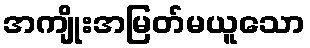
အကျိုးအမြတ်မယူသော